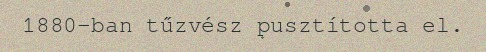
1880-ban tűzvész pusztította el.